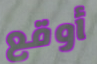
أوقع